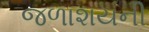
જળાશયની